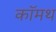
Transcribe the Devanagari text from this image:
कॉमथ